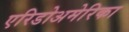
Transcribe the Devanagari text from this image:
एरिडोअमेरिका